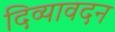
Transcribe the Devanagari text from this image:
दिव्‍यावदन